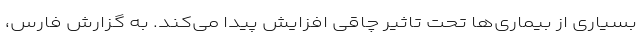
بسیاری از بیمارى‌ها تحت تاثیر چاقی افزایش پیدا می‌کند. به گزارش فارس،